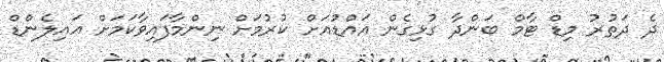
ދެ ދަތުރު މިޑް ޓާމް ބަންދާ ގުޅިގެން އައްޑުއަށް ކުރުމަށް ނިންމާފައިވާކަމަށް އައިލެންޑް